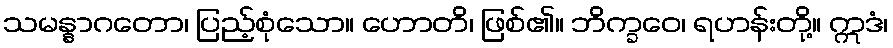
သမန္နာဂတော၊ ပြည့်စုံသော။ ဟောတိ၊ ဖြစ်၏။ ဘိက္ခဝေ၊ ရဟန်းတို့။ ဣဒံ၊